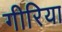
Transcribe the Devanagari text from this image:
गीरिया